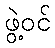
ဖွဲ့ဝင်